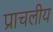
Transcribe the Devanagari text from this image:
प्राचलीय